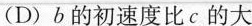
(D) b的初速度比c的大